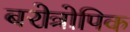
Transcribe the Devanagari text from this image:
बरोत्रोपिक